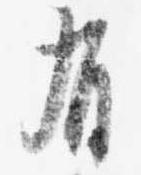
有